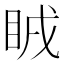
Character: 𥅜